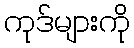
ကုဒ်များကို